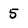
Character: 5